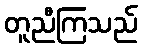
တူညီကြသည်